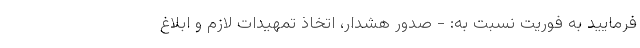
فرمایید به فوریت نسبت به: - صدور هشدار، اتخاذ تمهیدات لازم و ابلاغ